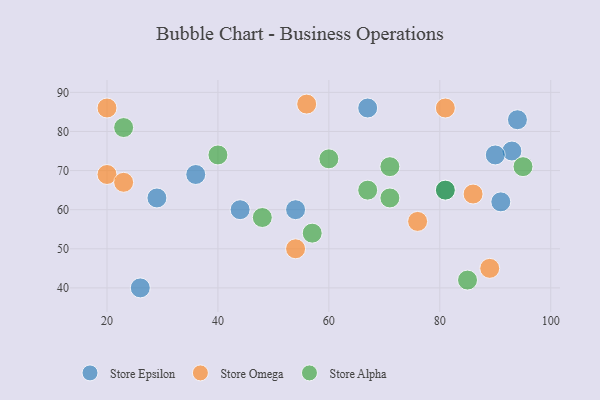
{"axis": {"x": "GDP", "y": "Life Expectancy"}, "legend": ["Store Alpha", "Store Epsilon", "Store Omega"], "data": [{"x": "91", "y": 62, "type": "Store Epsilon"}, {"x": "26", "y": 40, "type": "Store Epsilon"}, {"x": "94", "y": 83, "type": "Store Epsilon"}, {"x": "67", "y": 86, "type": "Store Epsilon"}, {"x": "81", "y": 65, "type": "Store Epsilon"}, {"x": "36", "y": 69, "type": "Store Epsilon"}, {"x": "29", "y": 63, "type": "Store Epsilon"}, {"x": "93", "y": 75, "type": "Store Epsilon"}, {"x": "90", "y": 74, "type": "Store Epsilon"}, {"x": "54", "y": 60, "type": "Store Epsilon"}, {"x": "44", "y": 60, "type": "Store Epsilon"}, {"x": "56", "y": 87, "type": "Store Omega"}, {"x": "54", "y": 50, "type": "Store Omega"}, {"x": "20", "y": 69, "type": "Store Omega"}, {"x": "81", "y": 86, "type": "Store Omega"}, {"x": "86", "y": 64, "type": "Store Omega"}, {"x": "76", "y": 57, "type": "Store Omega"}, {"x": "89", "y": 45, "type": "Store Omega"}, {"x": "23", "y": 67, "type": "Store Omega"}, {"x": "20", "y": 86, "type": "Store Omega"}, {"x": "81", "y": 65, "type": "Store Alpha"}, {"x": "71", "y": 71, "type": "Store Alpha"}, {"x": "23", "y": 81, "type": "Store Alpha"}, {"x": "85", "y": 42, "type": "Store Alpha"}, {"x": "71", "y": 63, "type": "Store Alpha"}, {"x": "60", "y": 73, "type": "Store Alpha"}, {"x": "57", "y": 54, "type": "Store Alpha"}, {"x": "67", "y": 65, "type": "Store Alpha"}, {"x": "95", "y": 71, "type": "Store Alpha"}, {"x": "48", "y": 58, "type": "Store Alpha"}, {"x": "40", "y": 74, "type": "Store Alpha"}]}